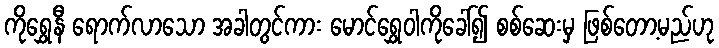
ကိုရွှေနီ ရောက်လာသော အခါတွင်ကား မောင်ရွှေဝါကိုခေါ်၍ စစ်ဆေးမှ ဖြစ်တော့မည်ဟု